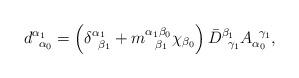
LaTeX: \begin{align*}d_{\;\;\alpha _{0}}^{\alpha _{1}}=\left( \delta _{\;\;\beta _{1}}^{\alpha_{1}}+m_{\;\;\;\beta _{1}}^{\alpha _{1}\beta _{0}}\chi _{\beta _{0}}\right) \bar{D}_{\;\;\gamma _{1}}^{\beta _{1}}A_{\alpha _{0}}^{\;\;\gamma _{1}},\end{align*}